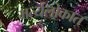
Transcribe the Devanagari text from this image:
मर्त्यलोकात